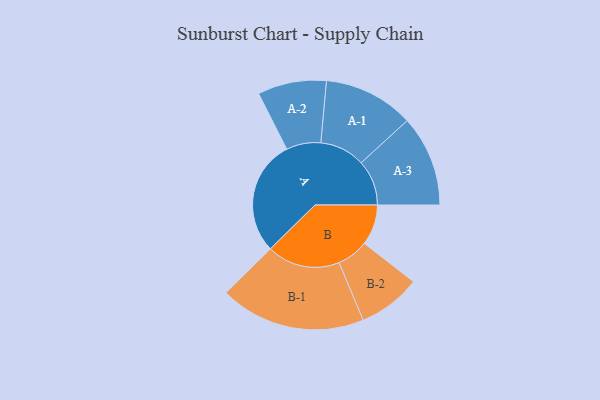
{"axis": {"x": "Segment", "y": "Value"}, "legend": ["", "A", "B"], "data": [{"x": "A", "y": 469, "type": ""}, {"x": "B", "y": 165, "type": ""}, {"x": "A-1", "y": 184, "type": "A"}, {"x": "A-2", "y": 140, "type": "A"}, {"x": "A-3", "y": 185, "type": "A"}, {"x": "B-1", "y": 297, "type": "B"}, {"x": "B-2", "y": 128, "type": "B"}]}